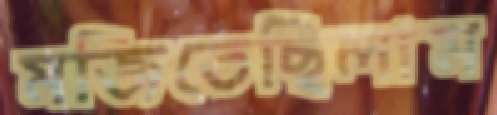
মজিতেছিলাম